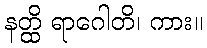
နတ္ထိ ရာဂေါတိ၊ ကား။